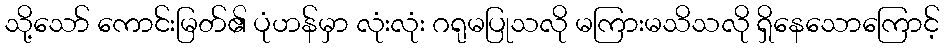
သို့သော် ကောင်းမြတ်၏ ပုံဟန်မှာ လုံးလုံး ဂရုမပြုသလို မကြားမသိသလို ရှိနေသောကြောင့်